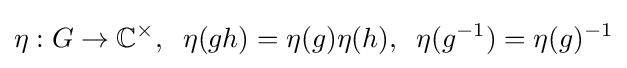
\eta :G\rightarrow \mathbb {C} ^{\times },\;\;\eta (gh)=\eta (g)\eta (h),\;\;\eta (g^{-1})=\eta (g)^{-1}